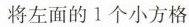
将左面的1个小方格